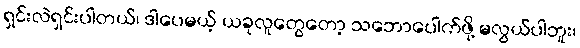
ရှင်းလဲရှင်းပါတယ်၊ ဒါပေမယ့် ယခုလူတွေတော့ သဘောပေါက်ဖို့ မလွယ်ပါဘူး၊